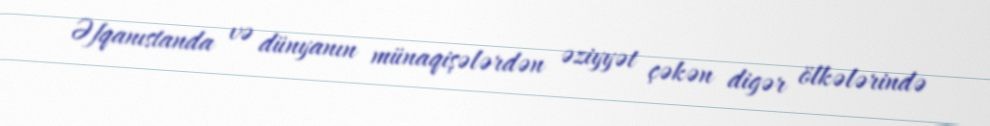
Əfqanıstanda və dünyanın münaqişələrdən əziyyət çəkən digər ölkələrində